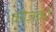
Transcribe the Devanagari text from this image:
कोज़कों